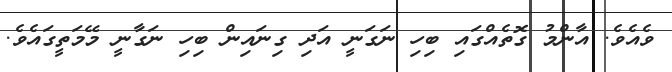
ވެއެވެ. އާންމު ގޮތެއްގައި ބިހި ނަގަނީ އަދި ގިނައިން ބިހި ނަގާނީ މޭމަތީގައެވެ.